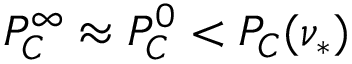
P _ { C } ^ { \infty } \approx P _ { C } ^ { 0 } < P _ { C } ( \nu _ { * } )